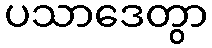
ပသာဒေတွာ